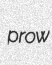
prow